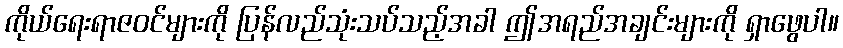
ကိုယ်ရေးရာဇဝင်များကို ပြန်လည်သုံးသပ်သည့်အခါ ဤအရည်အချင်းများကို ရှာဖွေပါ။